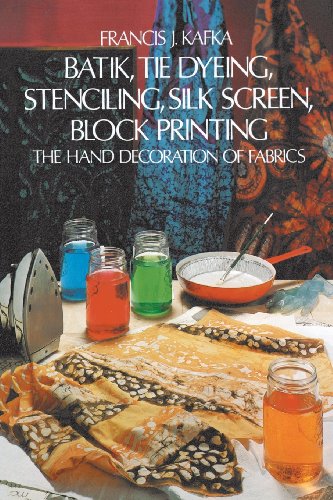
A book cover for Batik, Tie Dyeing, Stenciling, Silk Screen, Block Printing: The Hand Decoration of Fabrics; Francis J. Kafka; Crafts, Hobbies & Home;